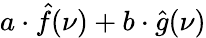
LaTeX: a\cdot{\hat{f}}(\nu)+b\cdot{\hat{g}}(\nu)